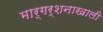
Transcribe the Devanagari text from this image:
मार्गर्शनाखाली